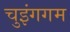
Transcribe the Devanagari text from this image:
चुइंगगम